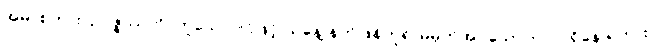
အမှာစကား၊ ဥပ္ပဇ္ဇဿတိ၊ ဟူသောပါဌ်ဖြင့် ယနေ့ နက်ဖြန်ဟူ၍ မမှတ်အပ်သောကာလရှိနေ ရကား